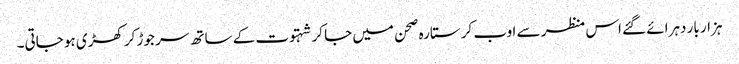
ہزار بار دہرائے گئے اس منظر سے اوب کر ستارہ صحن میں جا کر شہتوت کے ساتھ سر جوڑ کر کھڑی ہو جاتی۔